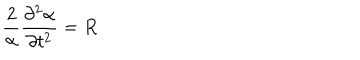
\frac { 2 } { \alpha } \frac { \partial ^ { 2 } \alpha } { \partial t ^ { 2 } } = R